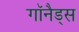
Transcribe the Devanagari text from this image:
गॉनैड्स